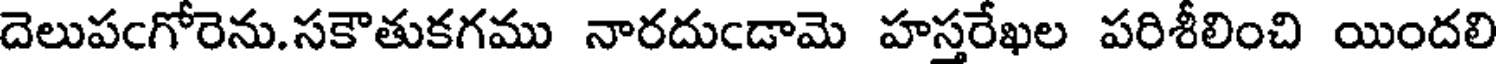
దెలుపఁగోరెను.సకౌతుకగము నారదుఁడామె హస్తరేఖల పరిశీలించి యిందలి